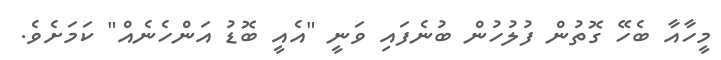
މީހާއާ ބެހޭ ގޮތުން ފުލުހުން ބުނެފައި ވަނީ "އެއީ ބޮޑު އަންހެނެއް" ކަމަށެވެ.